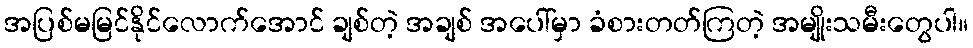
အပြစ်မမြင်နိုင်လောက်အောင် ချစ်တဲ့ အချစ် အပေါ်မှာ ခံစားတတ်ကြတဲ့ အမျိုးသမီးတွေပါ။